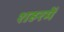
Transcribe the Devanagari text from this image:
शहरमेँ